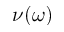
\nu ( \omega )